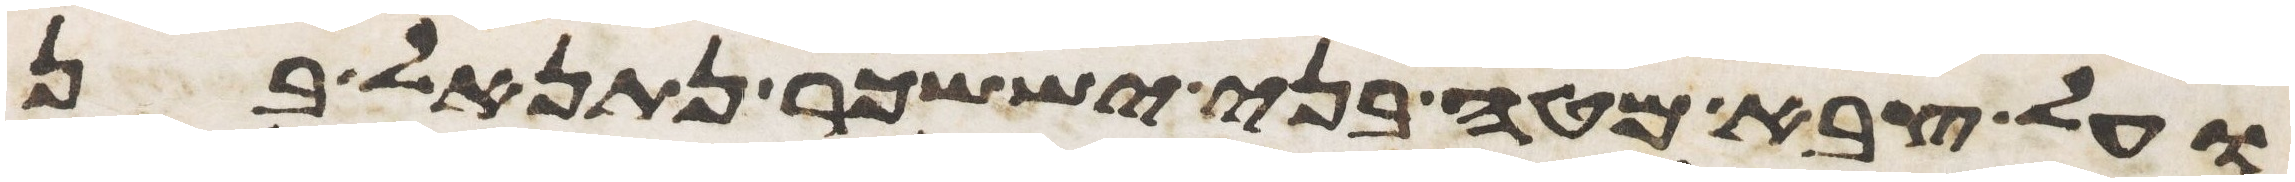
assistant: ועל צבא מטה בני יששכר נתנאל בן